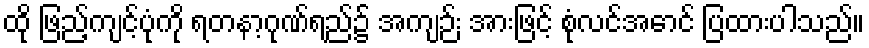
ထို ဖြည့်ကျင့်ပုံကို ရတနာ့ဂုဏ်ရည်၌ အကျဉ်း အားဖြင့် စုံလင်အောင် ပြထားပါသည်။